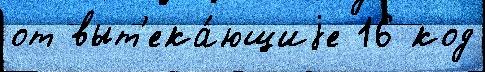
от выт'ека́ющиjе 16 код